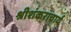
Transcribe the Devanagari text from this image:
श्रीशंकराचार्य